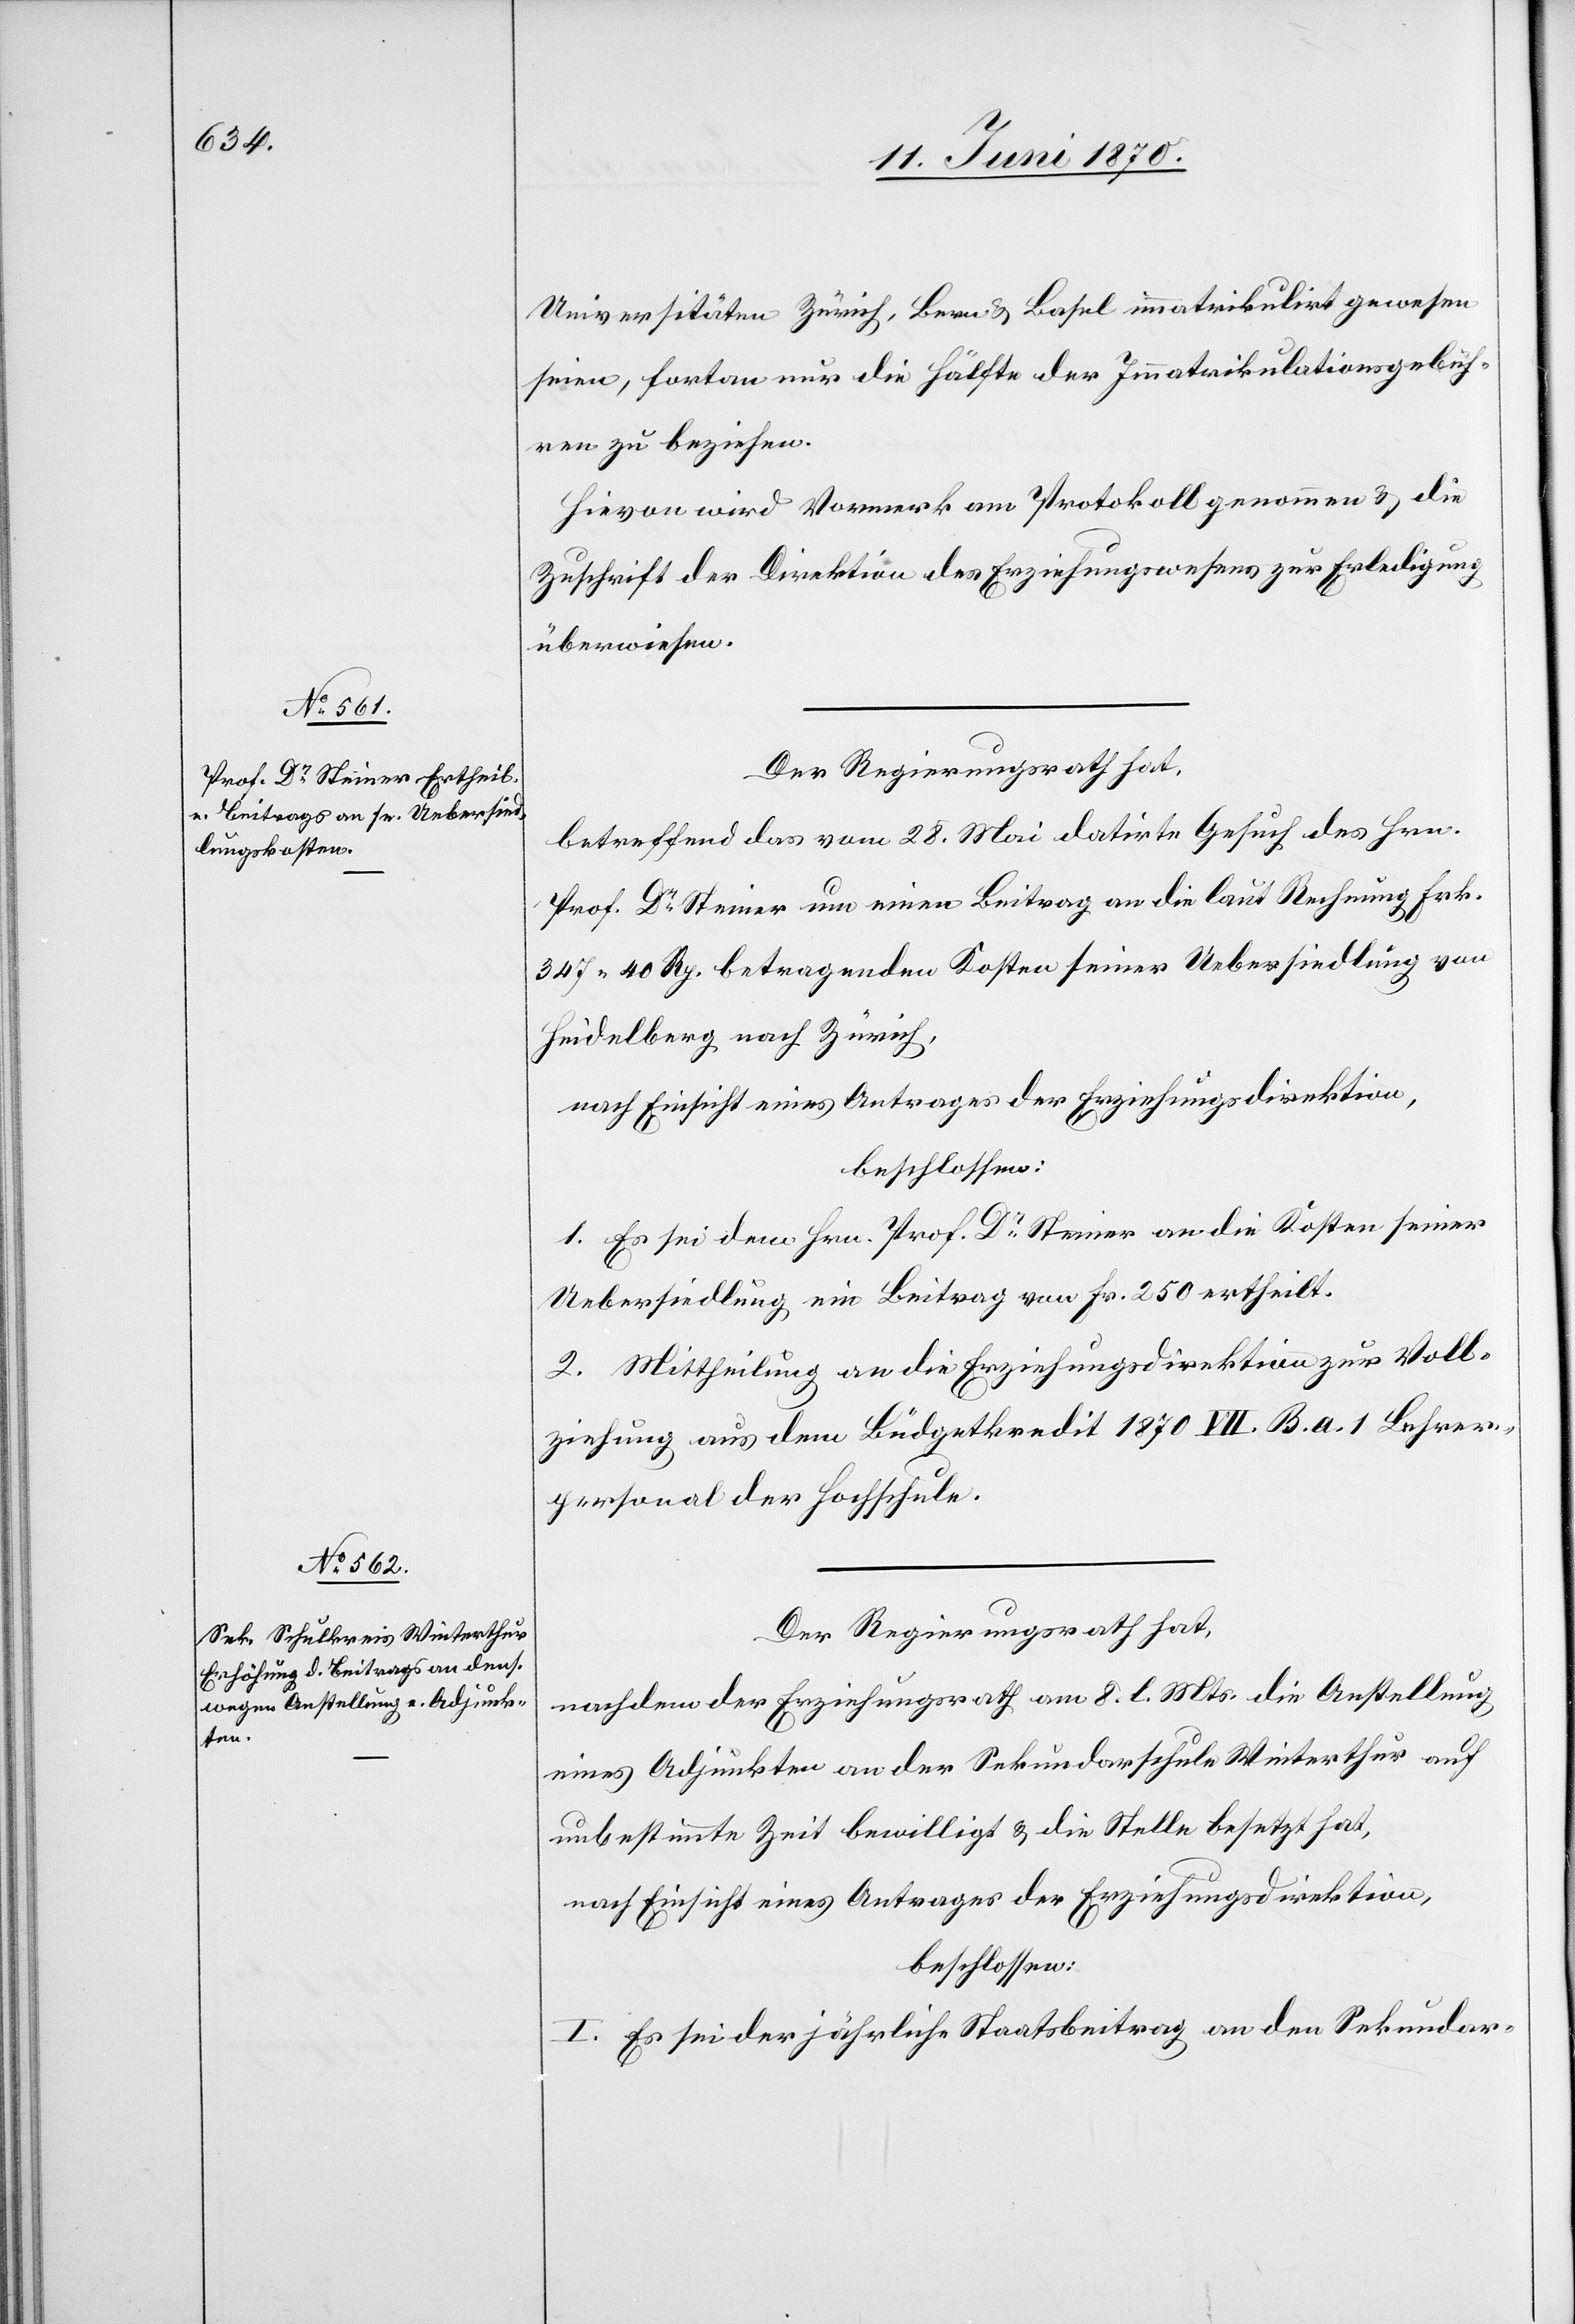
Universitäten Zürich, Bern & Basel immatrikulirt gewesen
seien, fortan nur die Hälfte der Immatrikulationsgebüh¬
ren zu beziehen.
Hievon wird Vormerk am Protokoll genommen & die
Zuschrift der Direktion des Erziehungswesens zur Erledigung
überwiesen.
Der Regierungsrath hat,
betreffend das vom 28. Mai datirte Gesuch des Hrn.
Prof. Dr Steiner um einen Beitrag an die laut Rechnung Frk.
347. 40 Rp. betragenden Kosten seiner Uebersiedlung von
Heidelberg nach Zürich,
nach Einsicht eines Antrages der Erziehungsdirektion,
beschlossen:
1. Es sei dem Hrn. Prof. Dr Steiner an die Kosten seiner
Uebersiedlung ein Beitrag von Fr. 250 ertheilt.
2. Mittheilung an die Erziehungsdirektion zur Voll¬
ziehung aus dem Büdgetkredit 1870 VII. B. a. 1 Lehrer¬
personal der Hochschule.
Der Regierungsrath hat,
nachdem der Erziehungsrath am 8. l. Mts. die Anstellung
eines Adjunkten an der Sekundarschule Winterthur auf
unbestimmte Zeit bewilligt & die Stelle besetzt hat,
nach Einsicht eines Antrages der Erziehungsdirektion,
beschlossen:
I. Es sei der jährliche Staatsbeitrag an den Sekundar-